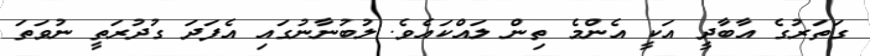
ގަތަރުގެ އާބާދީ އަކީ އެންމެ ތިން ލައްކައެވެ. ލުބުނާނުގައި އެފަދަ ގުދުރަތީ ނުވަތަ